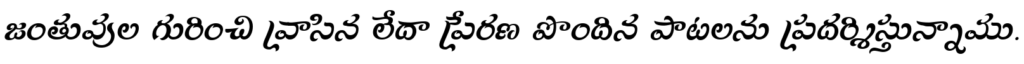
జంతువుల గురించి వ్రాసిన లేదా ప్రేరణ పొందిన పాటలను ప్రదర్శిస్తున్నాము.